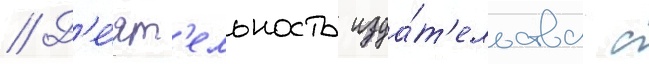
// Д'е́ят'ельность изда́т'ельства с